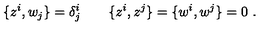
\{ z ^ { i } , w _ { j } \} = \delta _ { j } ^ { i } \qquad \{ z ^ { i } , z ^ { j } \} = \{ w ^ { i } , w ^ { j } \} = 0 \ .